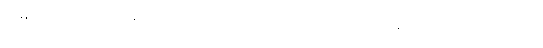
အချို့ပညာရှင်တို့ကမူ သန်ဟူသော ပုဒ်သည် ကောက်စပါး ဟော တိဗက် မြန်မာ တရုတ် ထိုင်း မွန် ခမာ